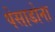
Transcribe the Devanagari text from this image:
पेसाडोना